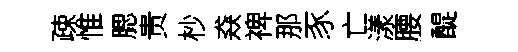
疎惟腮贵杪猋禆那豕亡漾腰醍